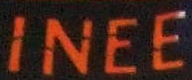
INEE